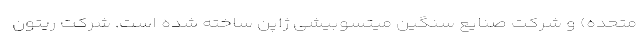
متحده) و شرکت صنایع سنگین میتسوبیشی ژاپن ساخته شده است. شرکت ریتون